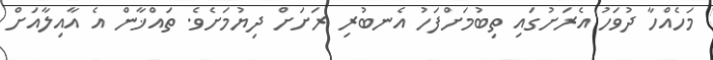
މަހެއްހާ ދުވަހު އެރަށުގައި ތިބުމަށްފަހު އެނބުރި ރަށަށް ދިޔުމަށެވެ. ތައްޚާން އެ އާއިލާއަށް